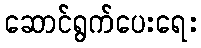
ဆောင်ရွက်ပေးရေး